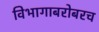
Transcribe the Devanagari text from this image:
विभागाबरोबरच